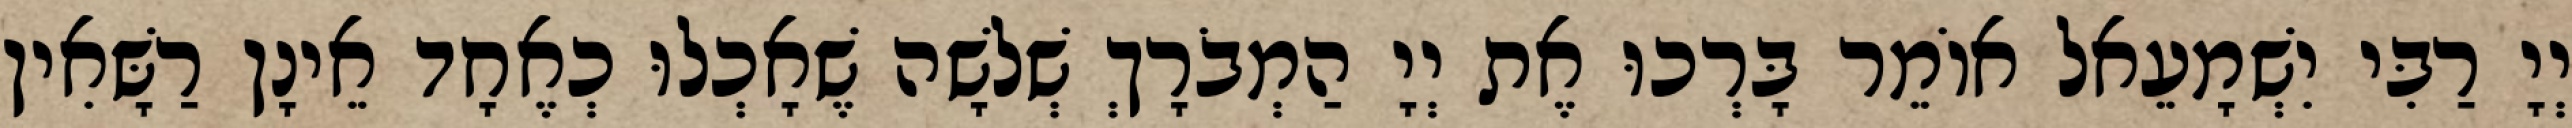
יְיָ רַבִּי יִשְׁמָעֵאל אוֹמֵר בָּרְכוּ אֶת יְיָ הַמְבֹרָךְ שְׁלשָׁה שֶׁאָכְלוּ כְאֶחָד אֵינָן רַשָּׁאִין